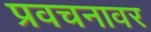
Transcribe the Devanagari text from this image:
प्रवचनावर